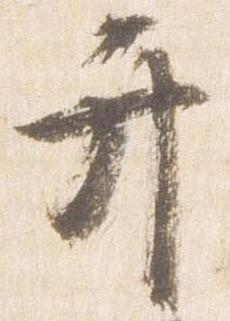
弁